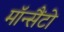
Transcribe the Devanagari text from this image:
मॉन्सैंटो